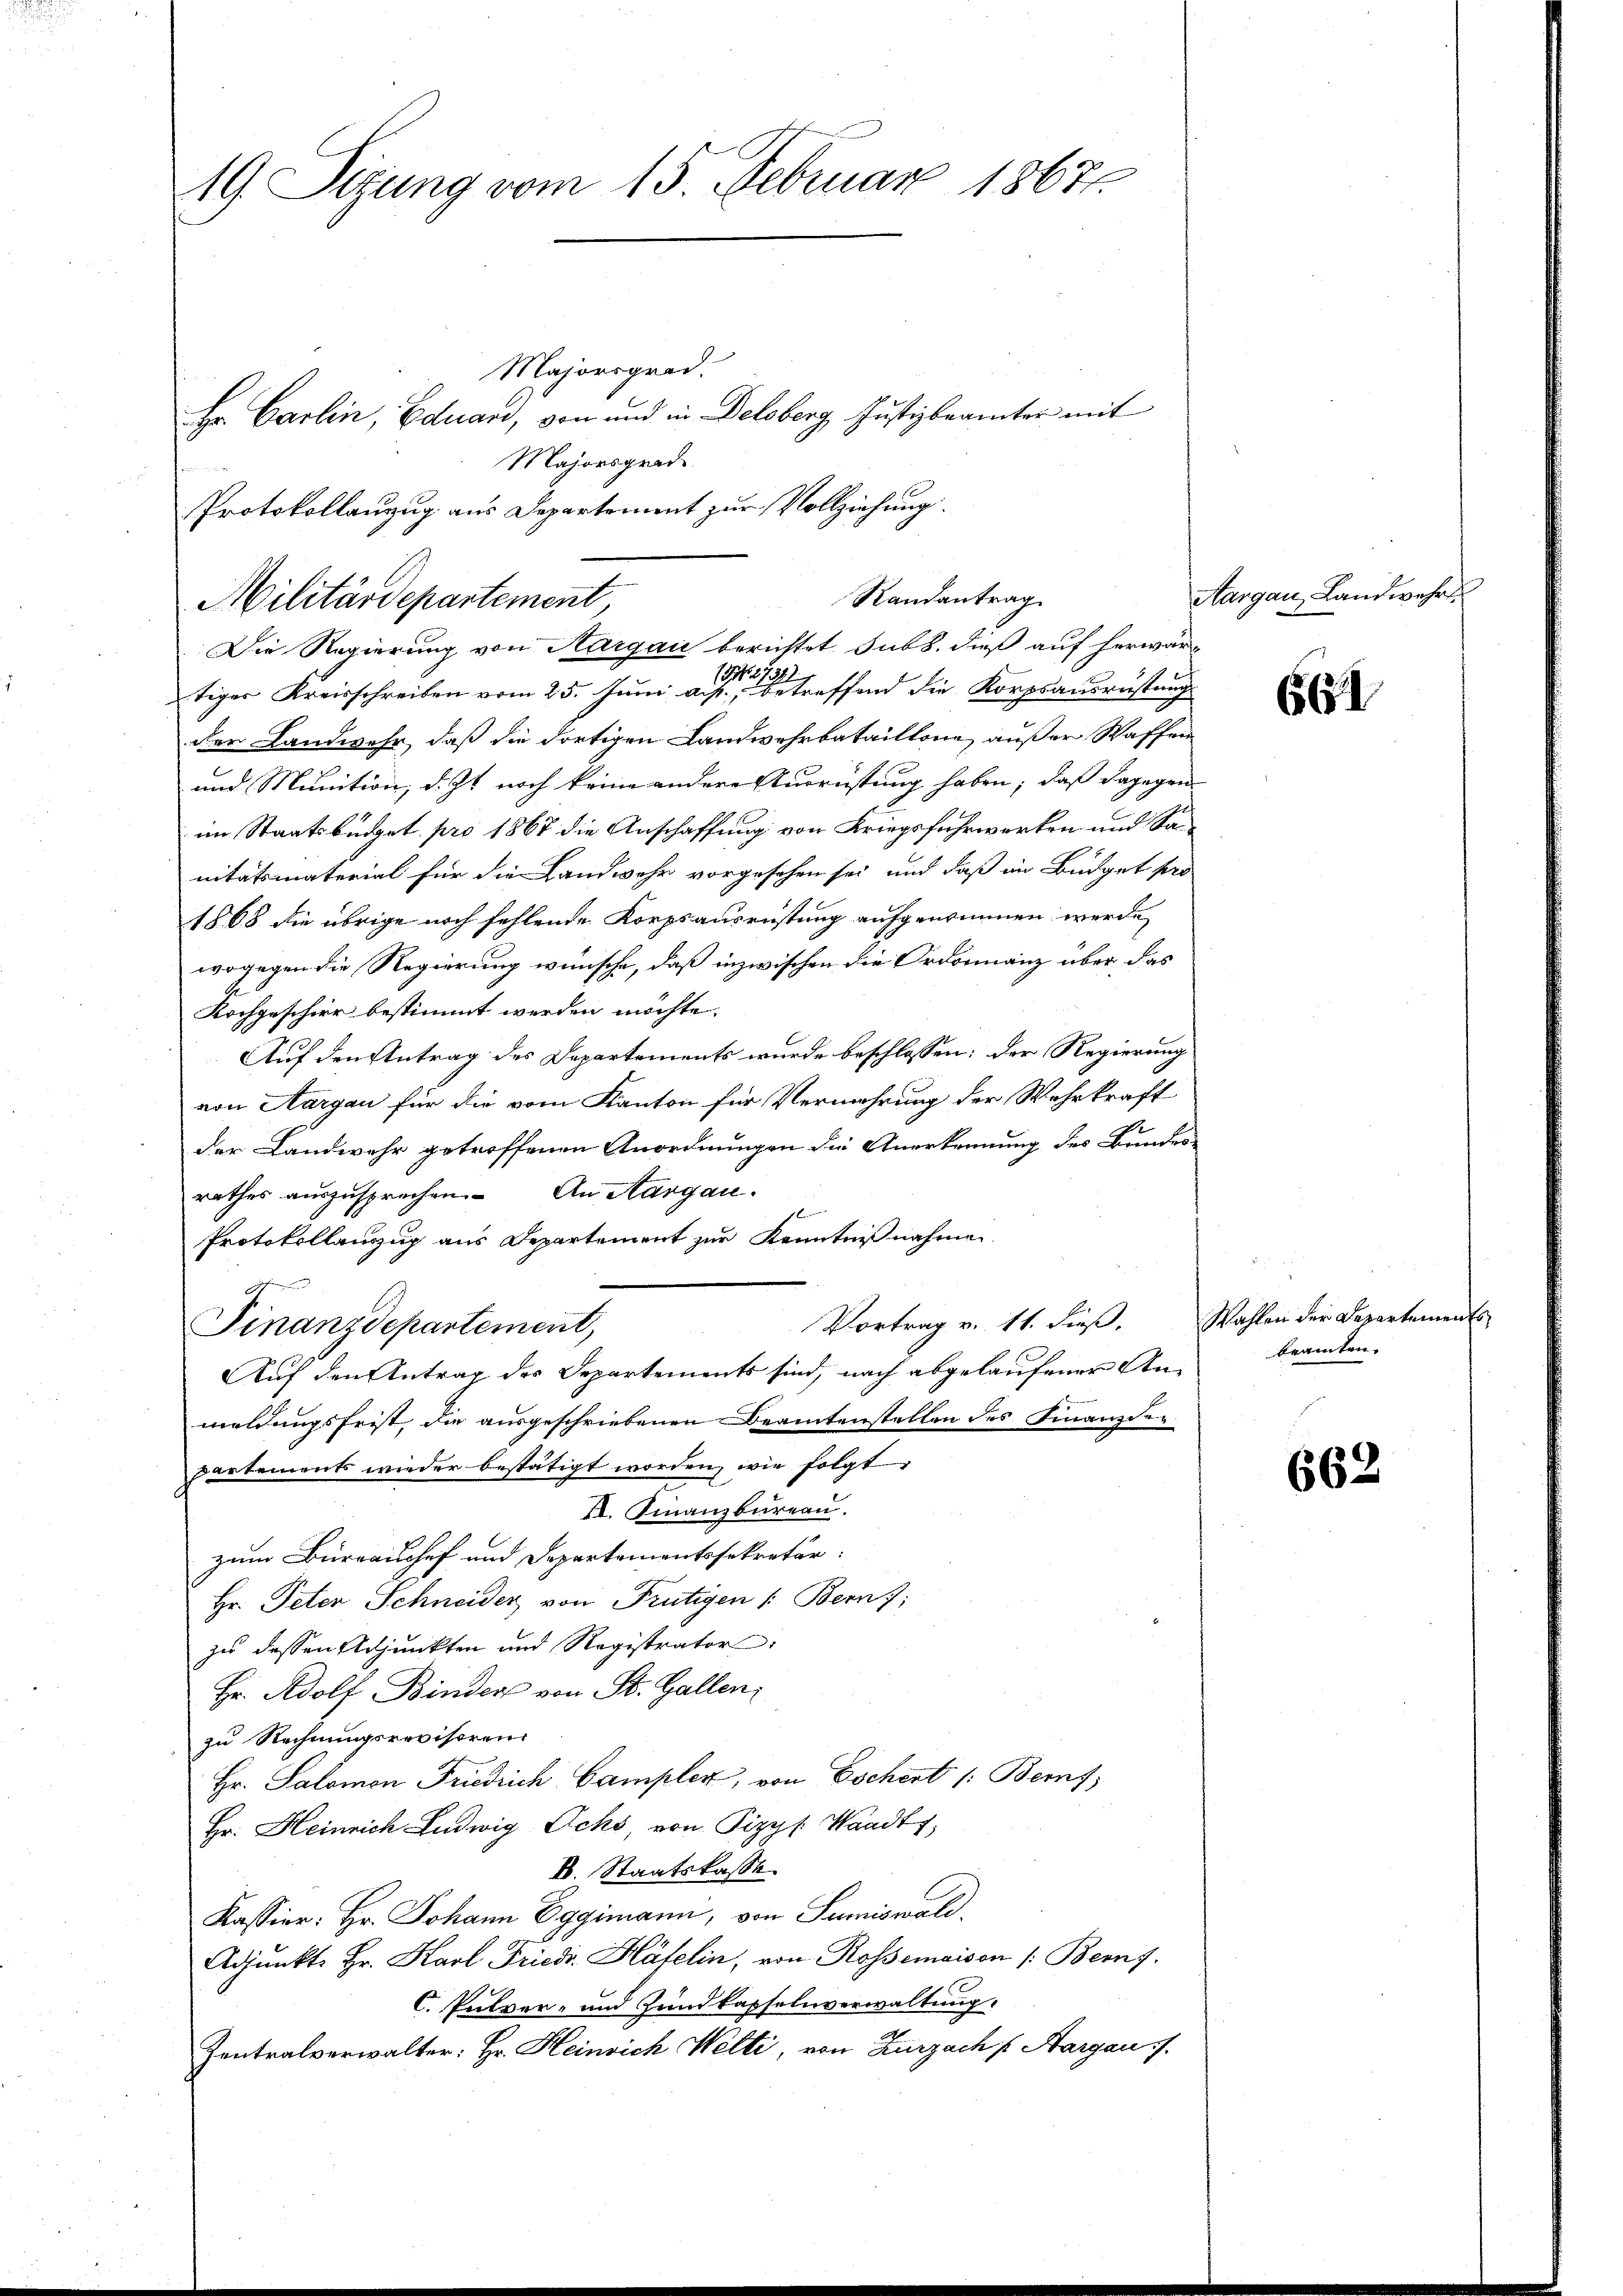
19. Sitzung vom 15. Februar 18671.

Randantrag
Militärdepartement

Majorsgrad.
Hr. Carlin, Eduard, von und in Delsberg, Justizbeamter mit
Majorsgrade
Protokollanzug aus Departement zur Vollziehung.

Die Regierung von Aargau berichtet sub b. dieß auf herwär¬
11272
tiger Kreisschreiben vom 25. Juni a. p., betreffend die Korpsausrüstung
der Landwehr, daß die dortigen Landwehrbataillone, außer Waffen
und Munition, d. Js. noch keine andere Ausrüstung haben; daß dagegen
im Staatsbüdget pro 1867 die Anschaffung von Kriegsfuhrwerken und Sanitätsmaterial für die Landwehr vorgesehen sei und daß in Budget pro
1868 die übrige noch fehlende Korpsausrüstung aufgenommen werde
wogegen die Regierung wünsche, daß inzwischen die Ordonnanz über das
Kochgeschier bestimmt werden möchte.
Auf den Antrag des Departements wurde beschlossen: der Regierung
von Aargau für die vom Kanton für Vermehrung der Wehrkraft
der Landwehr getroffenen Anordnungen die Anerkennung des Bundes-
rathes auszusprechen. An Aargau.
1
Protokollanzug aus Departement zur Kenntnißnahme
g
Vortrag v. 11. dieß.
Finanzdepartement,
Auf den Antrag des Departements sind, nach abgelaufener An-
meldungsfrist die ausgeschriebenen Beamtenstellen des Finanzder
partement wieder bestätigt worden, wie folgt
II. Finanzbüreau.
zum Büreausschef und Departementssekretär:
Hr. Peten Schneider von Frutigen /: Bern;
zu dessen Adjunkten und Registrator
Hr. Adolf Binders von St. Gallen,
zu Rechnungsrevisoren
Hr. Salomon Friedrich Campler, von Eschert /: Beif
Hr. Heinrich Ludwig Ochs von Sipps. Waadt,
k. Staatskasse
Kassier; Hr. Johann Eggimann, von Sumiswald
Adjunkt Hr. Karl Friedi. Häfelin, von Rossemaison /: Bern.
C. Pulver- und Hundkapselnverwaltung.
Zentralverwalter: Hr. Heinrich Welti, von Zurzach p Aargau /

Aargau, Landwehrt

661

Wahlen der Departements
beamten.

662